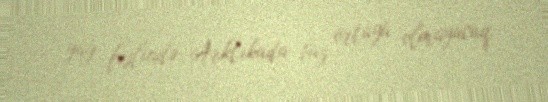
yay fəslində Arktikada buz örtüyü olmayacaq.